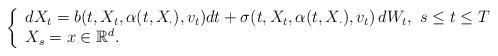
LaTeX: \begin{align*}\left \{\begin{array}{ll}dX_t=b(t,X_t, \alpha(t, X_{\cdot}), v_t)dt+\sigma (t, X_t,\alpha (t, X_{\cdot}), v_t)\, dW_t,\ s \leq t\leq T\\X_{s}=x\in \mathbb{R}^d.\end{array}\right .\end{align*}